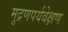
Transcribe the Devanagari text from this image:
मुद्रणपर्यवेक्षण